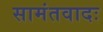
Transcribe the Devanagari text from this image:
सामंतवादः